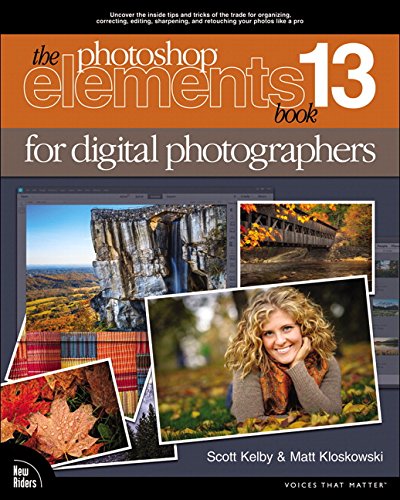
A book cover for The Photoshop Elements 13 Book for Digital Photographers (Voices That Matter); Scott Kelby; Arts & Photography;